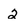
Character: 2